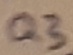
Text: Q3